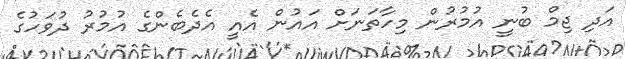
އަދި ޖިމް ބުނީ އުމުރުން މިހާތަނަށް އައުން އެއީ އެދެބެންގެ އުމުރު ދުވަހުގެ